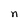
Character: n